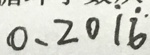
0 . 2 0 \dot { 1 } \dot { 6 }